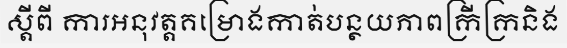
ស្តីពី ការអនុវត្តគម្រោងកាត់បន្ថយភាពក្រីក្រនិង